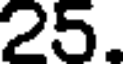
25.